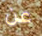
عن